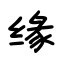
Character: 缘